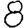
Digit: 8